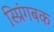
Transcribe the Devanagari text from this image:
स्प्रिंगबक